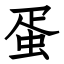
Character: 蛋